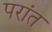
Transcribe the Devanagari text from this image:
परांत